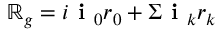
\mathbb { R } _ { g } = i \textbf { i } _ { 0 } r _ { 0 } + \Sigma \textbf { i } _ { k } r _ { k }